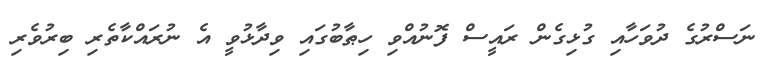
ނަސްރުގެ ދުވަހާއި ގުޅިގެން ރައީސް ފޮނުއްވި ހިޠާބުގައި ވިދާޅުވީ އެ ނުރައްކާތެރި ބިރުވެރި